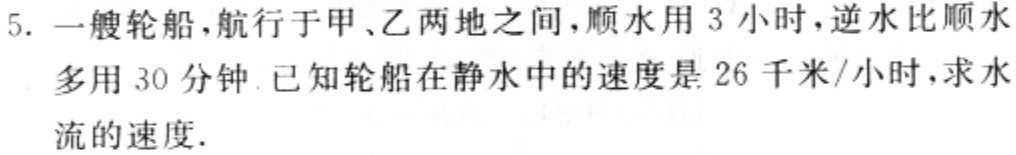
5. 一艘轮船，航行于甲、乙两地之间，顺水用 3 小时，逆水比顺水多用 30 分钟. 已知轮船在静水中的速度是 26 千米/小时，求水流的速度.